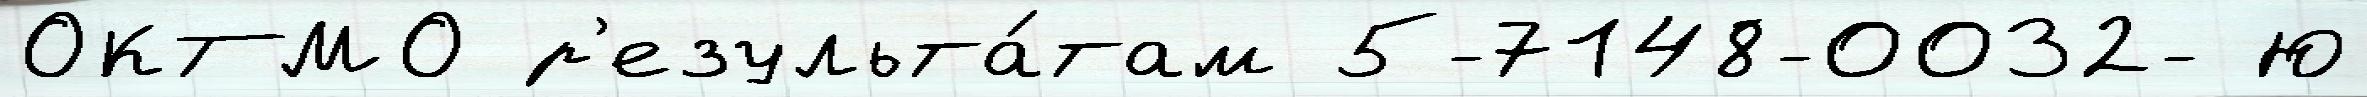
ОКТМО р'езульта́там 5-7148-0032- Ю